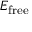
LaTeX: E _ { \mathrm { f r e e } }